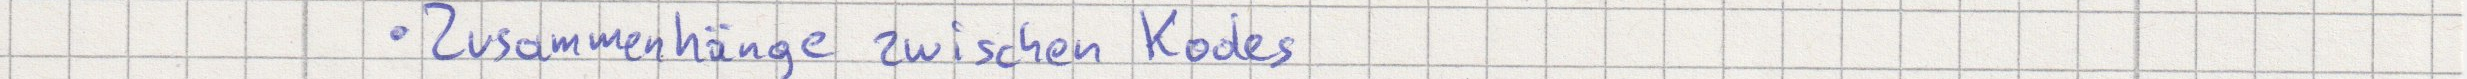
Zusammenhänge zwischen Kodes